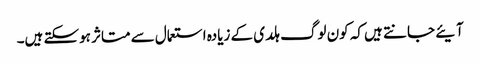
آیئے جانتے ہیں کہ کون لوگ ہلدی کے زیادہ استعمال سے متاثر ہوسکتے ہیں۔